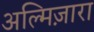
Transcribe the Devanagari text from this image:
अल्मिज़ारा